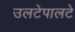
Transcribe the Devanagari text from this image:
उलटेपालटे